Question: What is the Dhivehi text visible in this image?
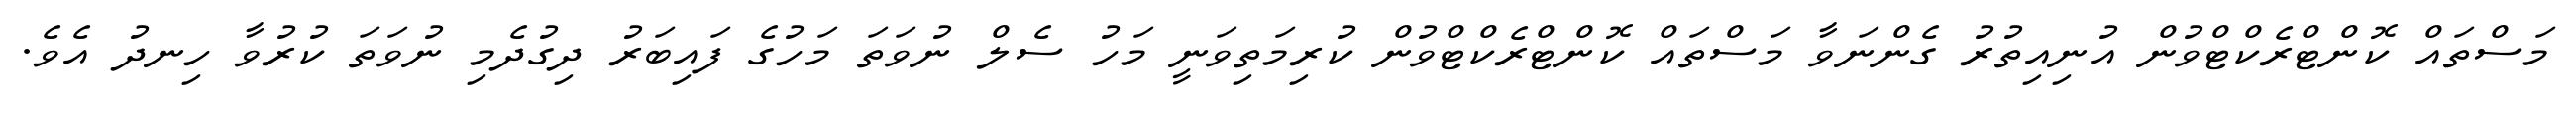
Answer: މަސްތައް ކޮންޓްރެކްޓްވުން އުނިއިތުރު ގެންނަވާ މަސްތައް ކޮންޓްރެކްޓްވުން ކުރިމަތިވަނީ މަހު ސެލް ނުވަތަ މަހުގެ ފައިބަރު ދިގުދެމި ނުވަތަ ކުރުވާ ހިނދު އެވެ.